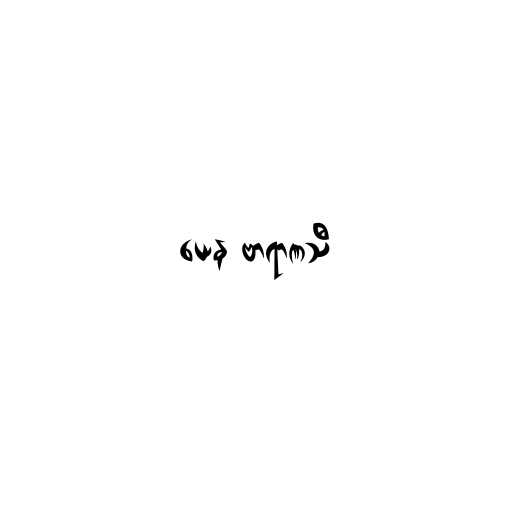
ယေန ဗာရာဏသီ